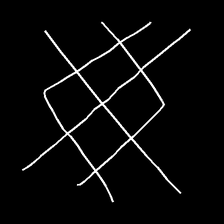
Glyph: crystal